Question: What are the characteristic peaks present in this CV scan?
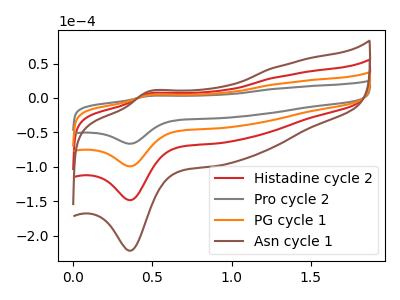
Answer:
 <answer>The red curve "Histadine cycle 2" has an anodic peak at (0.45V, 8.15uA) and a cathodic peak at (0.35V, -198.80uA). The gray curve "Pro cycle 2" has an anodic peak at (0.45V, 2.70uA) and a cathodic peak at (0.35V, -66.50uA). The orange curve "PG cycle 1" has an anodic peak at (0.45V, 4.05uA) and a cathodic peak at (0.35V, -99.40uA). The brown curve "Asn cycle 1" has an anodic peak at (0.45V, 12.20uA) and a cathodic peak at (0.35V, -298.20uA).</answer>
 <eval></eval>